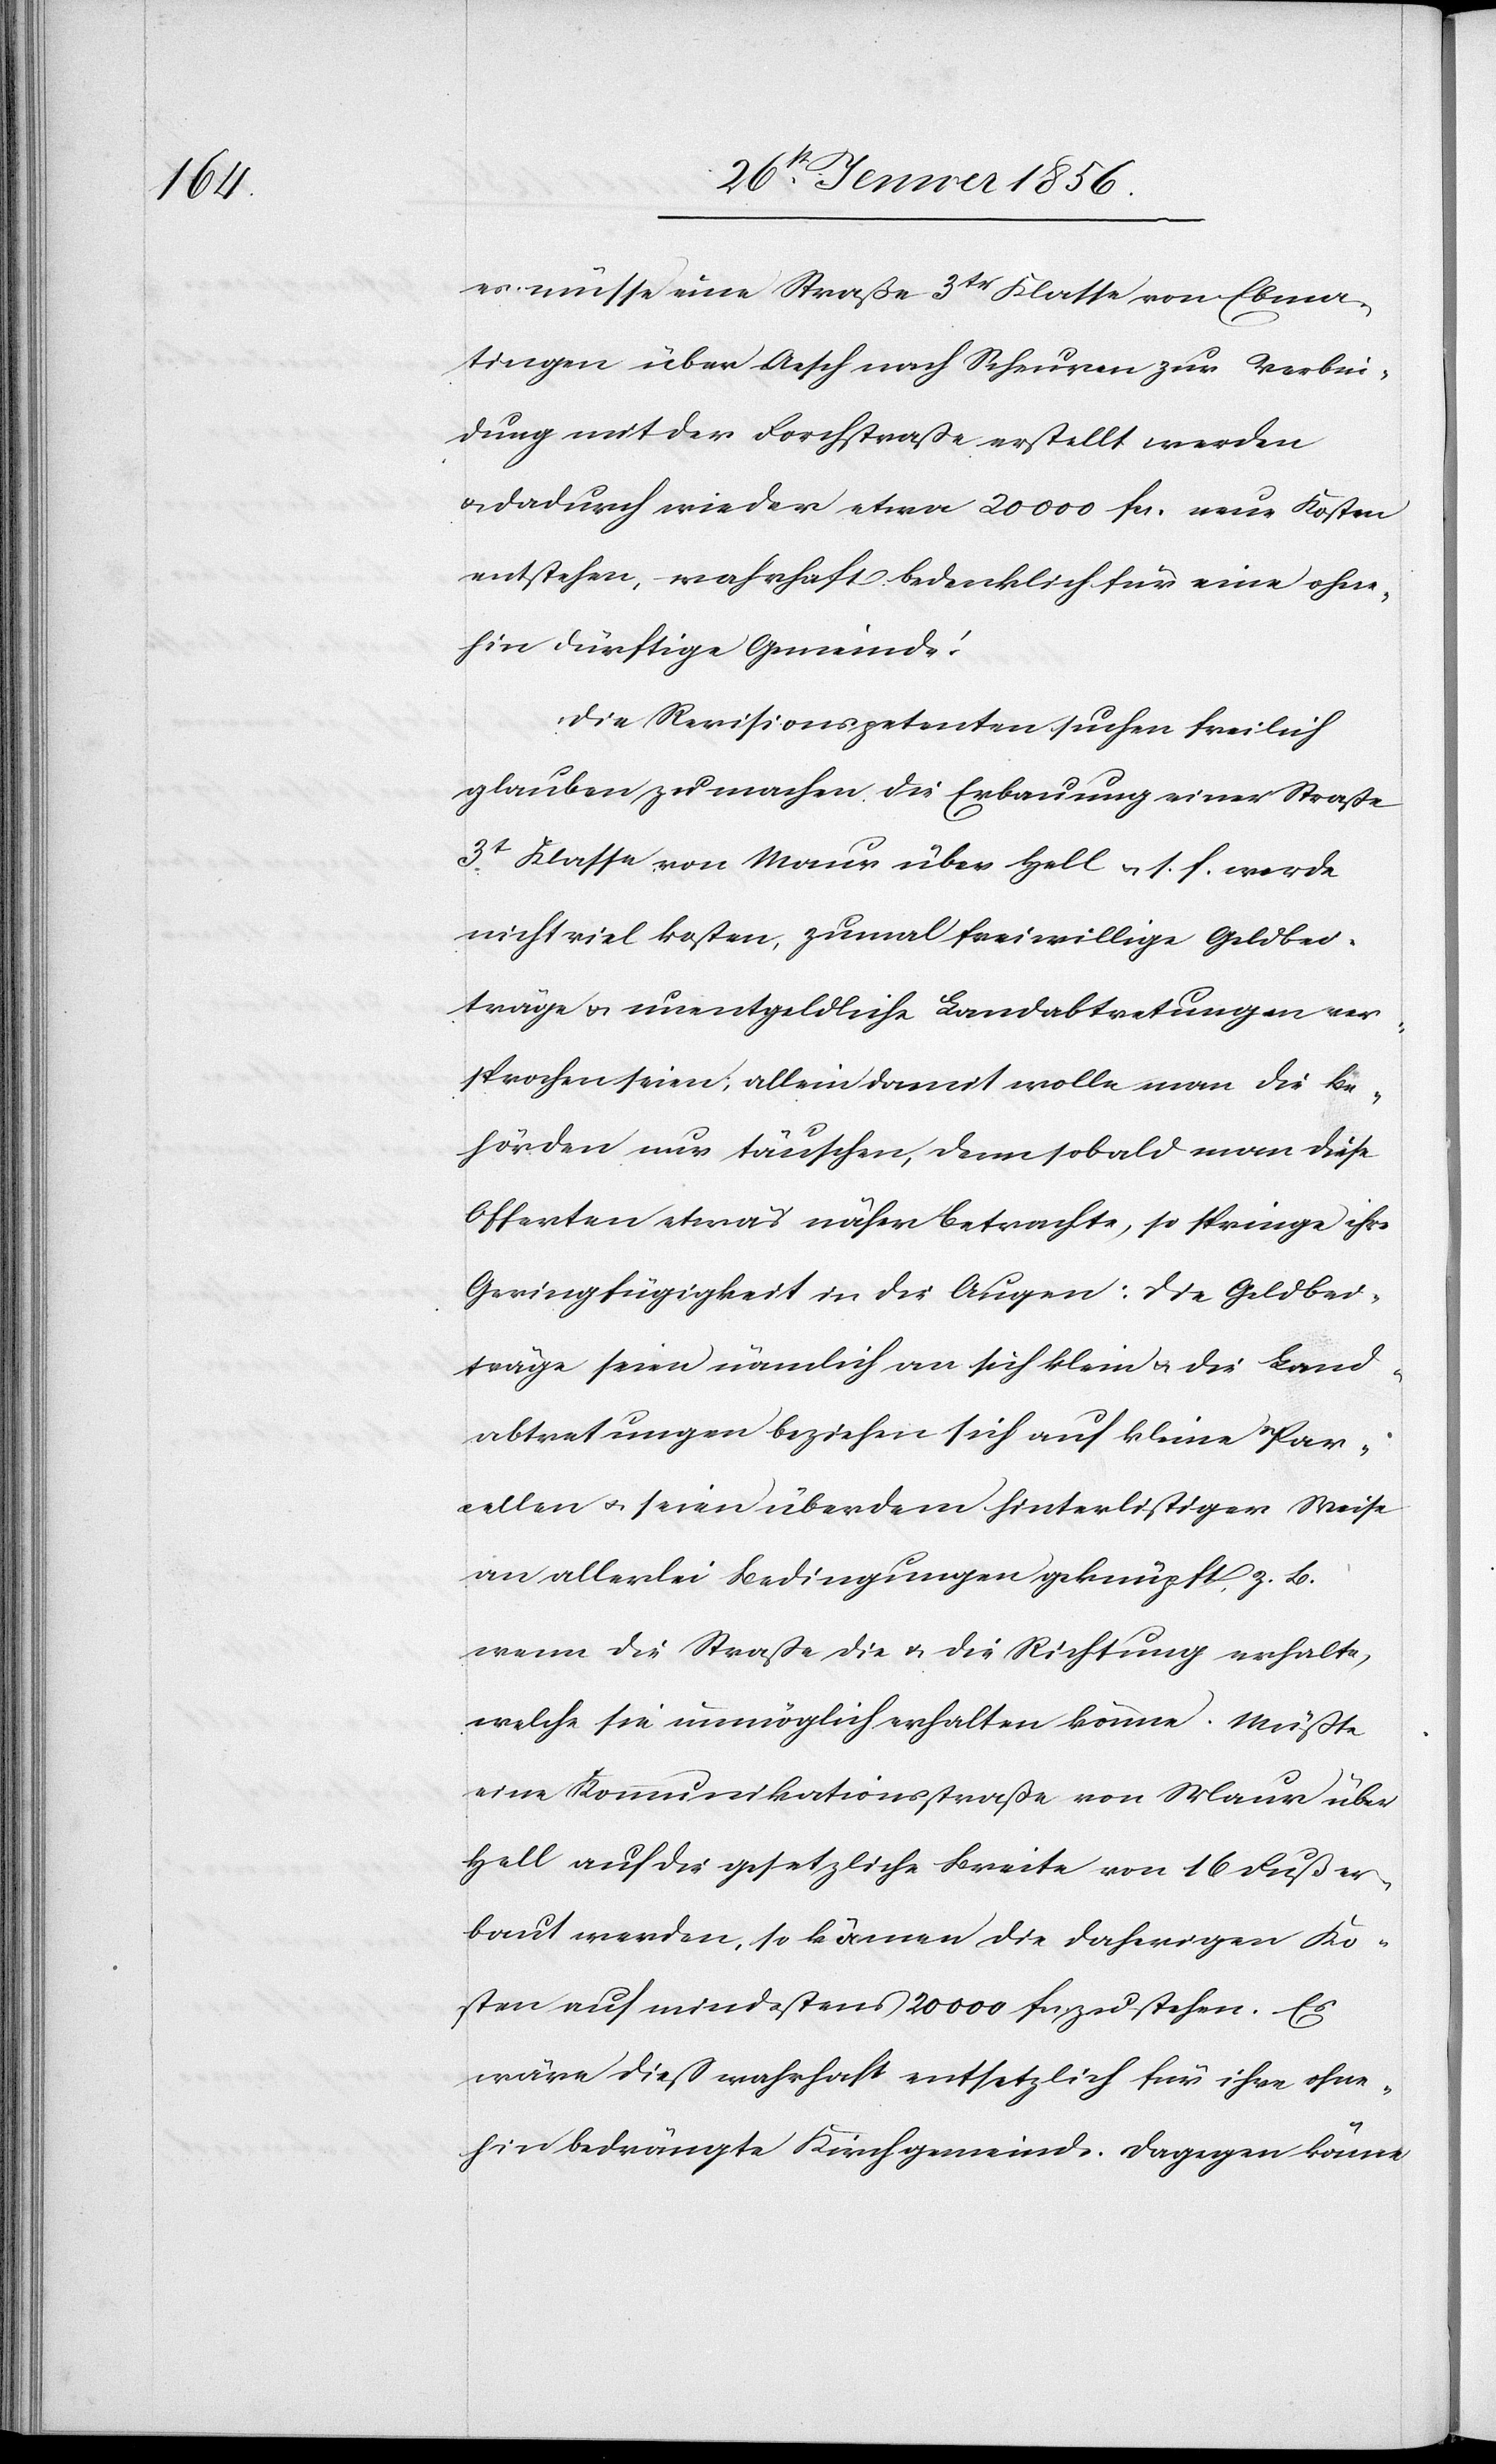
es müsse eine Straße 3tr Klasse von Ebma¬
tingen über Aesch nach Scheuren zur Verbin¬
dung mit der Forchstraße erstellt werden
u. dadurch wieder etwa 20000 fa. neue Kosten
entstehen, wahrhaft bedenklich für eine ohne¬
hin dürftige Gemeinde!
Die Revisionspetenten suchen freilich
glauben zu machen, die Erbauung einer Straße
3t Klasse von Maur über Hell u. s. f. werde
nicht viel Kosten, zumal freiwillige Geldbei¬
träge u. unentgeldliche Landabtretungen ver¬
sprochen seien; allein damit wolle man die Be¬
hörden nur täuschen, denn sobald man diese
Offerten etwas näher betrachte, so springe ihre
Geringfügigkeit in die Augen: Die Geldbei¬
träge seien nämlich an sich klein u. die Land¬
abtretungen beziehen sich auf kleine Par¬
cellen u. seien überdem hinterlistiger Weise
an allerlei Bedingungen geknüpft, z. B.
wenn die Straße die u. die Richtung erhalte,
welche sie unmöglich erhalten könne. Müßte
eine Kommunikationsstraße von Maur über
Hell auf die gesetzliche Breite von 16 Fuß er¬
baut werden, so kämen die daherigen Ko¬
sten auf mindestens 20000 fa. zu stehen. Es
wäre dieß wahrhaft entsetzlich für ihre ohne¬
hin bedrängte Kirchgemeinde. Dagegen könne